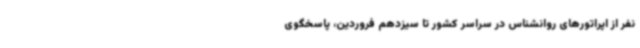
نفر از اپراتورهای روانشناس در سراسر کشور تا سیزدهم فروردین، پاسخگوی